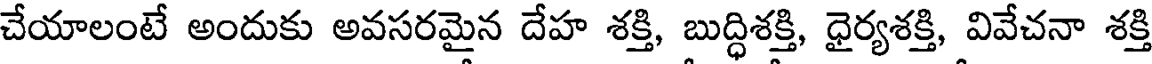
చేయాలంటే అందుకు అవసరమైన దేహ శక్తి, బుద్ధిశక్తి, ధైర్యశక్తి, వివేచనా శక్తి